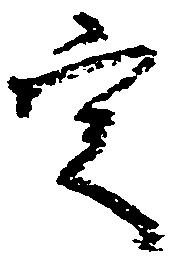
定